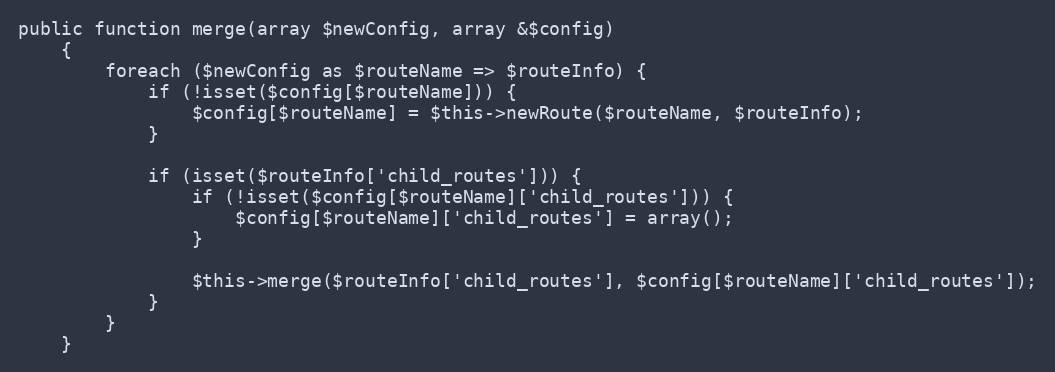
Language: PHP
public function merge(array $newConfig, array &$config)
    {
        foreach ($newConfig as $routeName => $routeInfo) {
            if (!isset($config[$routeName])) {
                $config[$routeName] = $this->newRoute($routeName, $routeInfo);
            }

            if (isset($routeInfo['child_routes'])) {
                if (!isset($config[$routeName]['child_routes'])) {
                    $config[$routeName]['child_routes'] = array();
                }

                $this->merge($routeInfo['child_routes'], $config[$routeName]['child_routes']);
            }
        }
    }